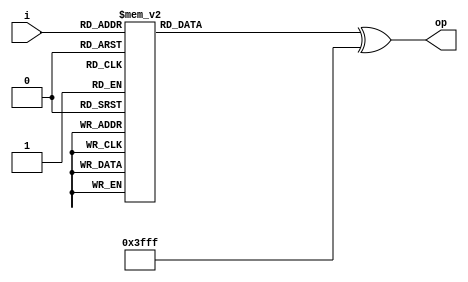
module bintobcd(
input [3:0] i,
output reg [13:0] op);

always @(*)
begin
	case (i)
	4'b0000 : op = 14'b00000000111111;
	4'b0001 : op = 14'b00000000000110;
	4'b0010 : op = 14'b00000001011011;
	4'b0011 : op = 14'b00000001001111;
	4'b0100 : op = 14'b00000001100110;
	4'b0101 : op = 14'b00000001101101;
	4'b0110 : op = 14'b00000001111101;
	4'b0111 : op = 14'b00000000000111;
	4'b1000 : op = 14'b00000001111111;
	4'b1001 : op = 14'b00000001101111;
	4'b1010 : op = 14'b00001100111111;
	4'b1011 : op = 14'b00001100000110;
	4'b1100 : op = 14'b00001101011011;
	4'b1101 : op = 14'b00001101001111;
	4'b1110 : op = 14'b00001101100110;
	4'b1111 : op = 14'b00001101101101;
	endcase
	op = op ^ 14'b11111111111111;
end

endmodule